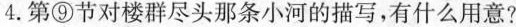
4. 第⑨节对楼群尽头那条小河的描写，有什么用意?